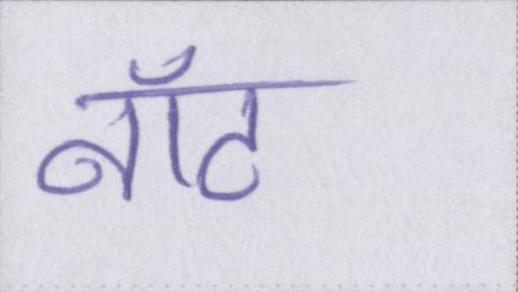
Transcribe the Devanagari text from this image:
नॉट